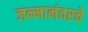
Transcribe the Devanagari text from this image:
जन्मानंतरचे